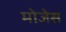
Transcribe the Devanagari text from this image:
मोजेस